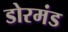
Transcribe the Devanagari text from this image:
डोरमंड